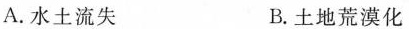
A. 水土流失 B. 土地荒漠化